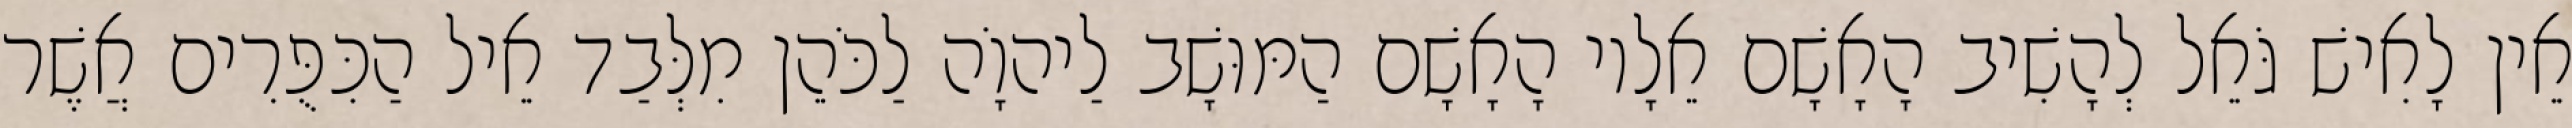
אֵין לָאִישׁ גֹּאֵל לְהָשִׁיב הָאָשָׁם אֵלָיו הָאָשָׁם הַמּוּשָׁב לַיהוָֹה לַכֹּהֵן מִלְּבַד אֵיל הַכִּפֻּרִים אֲשֶׁר